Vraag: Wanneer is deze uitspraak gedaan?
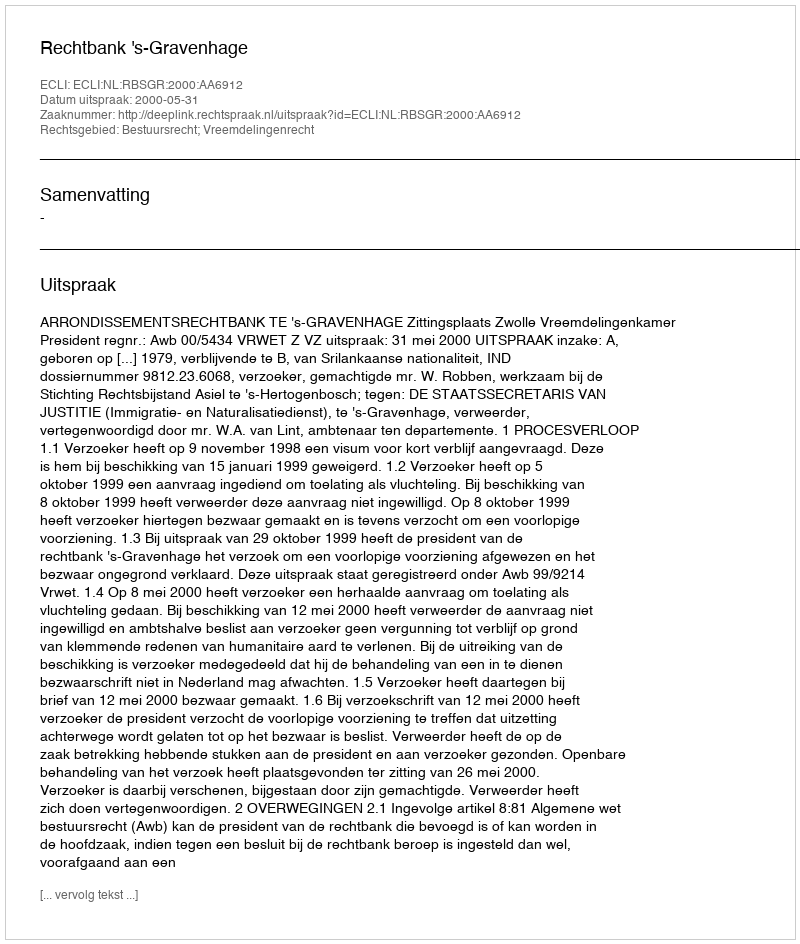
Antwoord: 2000-05-31